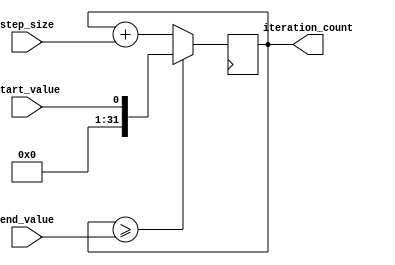
module incremental_for_loop (
    input wire start_value, // Starting value of the loop
    input wire end_value, // Ending value of the loop
    input wire step_size, // Increment step size
    output reg[31:0] iteration_count // Current iteration count
);

always @ (posedge clk) begin
    if (iteration_count >= end_value) // Check if the final value is reached
        iteration_count <= start_value; // Reset the iteration count
    else
        iteration_count <= iteration_count + step_size; // Increment the iteration count by step size
end

endmodule